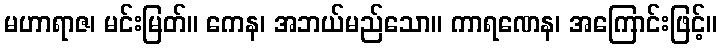
မဟာရာဇ၊ မင်းမြတ်။ ကေန၊ အဘယ်မည်သော။ ကာရဏေန၊ အကြောင်းဖြင့်။